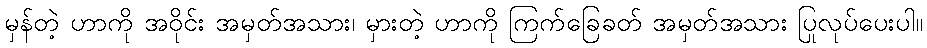
မှန်တဲ့ ဟာကို အဝိုင်း အမှတ်အသား၊ မှားတဲ့ ဟာကို ကြက်ခြေခတ် အမှတ်အသား ပြုလုပ်ပေးပါ။